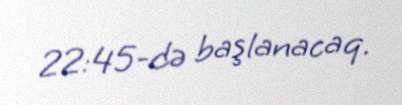
22:45-də başlanacaq.